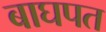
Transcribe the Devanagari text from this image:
बाघपत